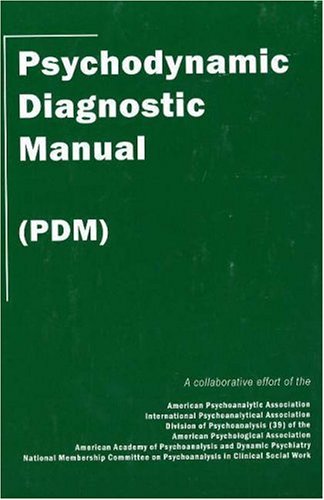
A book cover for Psychodynamic Diagnostic Manual: (PDM); Alliance of Psychoanalytic Organizations; Biographies & Memoirs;